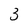
Character: 3